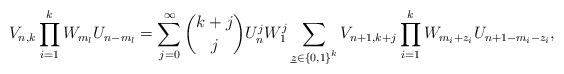
LaTeX: \begin{align*} V_{n,k} \prod_{i=1}^{k}W_{m_{l}}U_{n-m_{l}} =\sum_{j=0}^{\infty}\binom{k+j}{j} U_{n}^{j} W_{1}^{j}\sum_{\underline{z}\in\left\{ 0,1\right\} ^{k}}V_{n+1,k+j}\prod_{i=1}^{k}W_{m_{i}+z_{i}}U_{n+1-m_{i}-z_{i}},\end{align*}